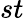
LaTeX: st